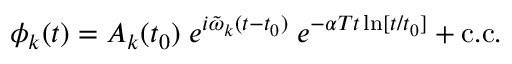
\phi _ { k } ( t ) = { \cal A } _ { k } ( t _ { 0 } ) \; e ^ { i \tilde { \omega } _ { k } ( t - t _ { 0 } ) } \; e ^ { - \alpha T t \ln [ t / t _ { 0 } ] } + \mathrm { c . c . }